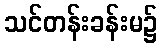
သင်တန်းခန်းမ၌